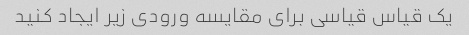
یک قیاس قیاسی برای مقایسه ورودی زیر ایجاد کنید